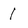
Character: 1